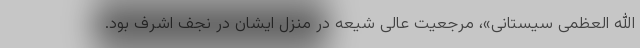
الله العظمی سیستانی»، مرجعیت عالی شیعه در منزل ایشان در نجف اشرف بود.